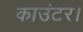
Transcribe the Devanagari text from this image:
काउंटर।